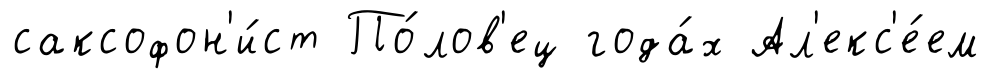
саксофон'и́ст По́лов'ец года́х Ал'екс'е́ем